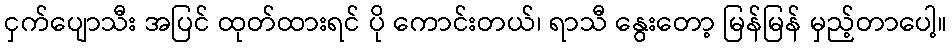
ငှက်ပျောသီး အပြင် ထုတ်ထားရင် ပို ကောင်းတယ်၊ ရာသီ နွေးတော့ မြန်မြန် မှည့်တာပေါ့။